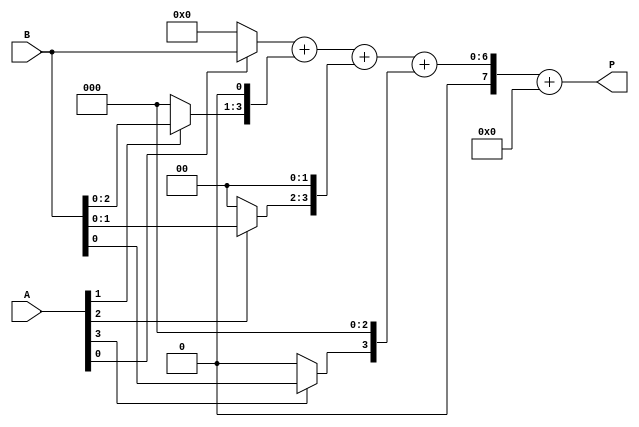
module vedic_multiplier #(parameter N = 4) (
    input  wire [N-1:0] A,  // First operand
    input  wire [N-1:0] B,  // Second operand
    output wire [2*N-1:0] P // Product output
);

    // Partial product wires
    wire [N-1:0] pp [0:N-1]; // Partial products

    // Generate partial products
    genvar i, j;
    generate
        for (i = 0; i < N; i = i + 1) begin : pp_gen
            assign pp[i] = (A[i] ? B : 0) << i; // Shift B based on A's bit
        end
    endgenerate

    // Intermediate sum wires
    wire [2*N-1:0] sum [0:N-1]; // Sum of partial products
    wire [2*N-1:0] carry [0:N-1]; // Carry bits

    // Initialize the first partial product
    assign sum[0] = pp[0];
    assign carry[0] = 0;

    // Add partial products using a tree structure
    generate
        for (i = 1; i < N; i = i + 1) begin : adder_tree
            wire [2*N-1:0] temp_sum;
            wire [2*N-1:0] temp_carry;

            // Full adder for the current stage
            assign {temp_carry, temp_sum} = sum[i-1] + pp[i];

            // Store the results
            assign sum[i] = temp_sum;
            assign carry[i] = temp_carry;
        end
    endgenerate

    // Final product calculation
    assign P = sum[N-1] + carry[N-1];

endmodule